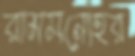
রামমনোহর